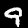
Digit: 9